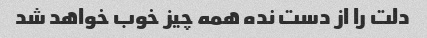
دلت را از دست نده همه چیز خوب خواهد شد